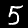
Digit: 5